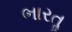
ભારતૢ